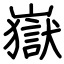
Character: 嶽